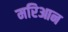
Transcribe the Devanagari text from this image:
मरिआन